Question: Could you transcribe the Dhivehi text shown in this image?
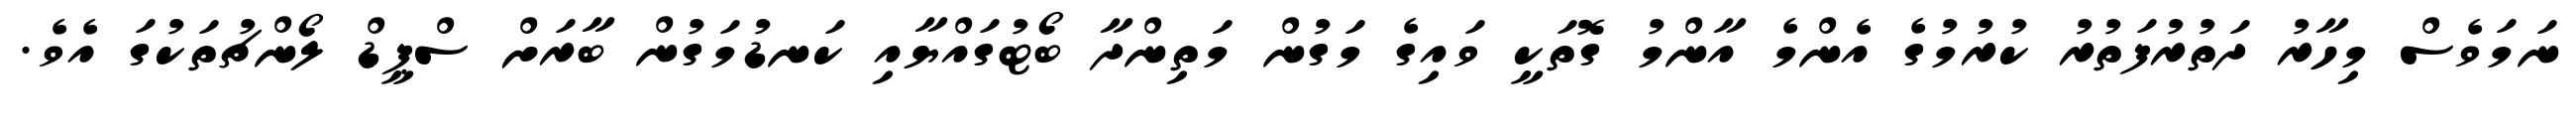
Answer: ނަމަވެސް މިހާރު ދަތުރުފަތުރު ކުރުމުގެ އެންމެ އާންމު ގޮތަކީ ވައިގެ މަގުން މަތިންދާ ބޯޓުގައްޔާއި ކަނޑުމަގުން ބާރަށް ސްޕީޑް ލޯންޗުތަކުގަ އެވެ.